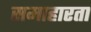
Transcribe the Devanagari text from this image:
समाहारता